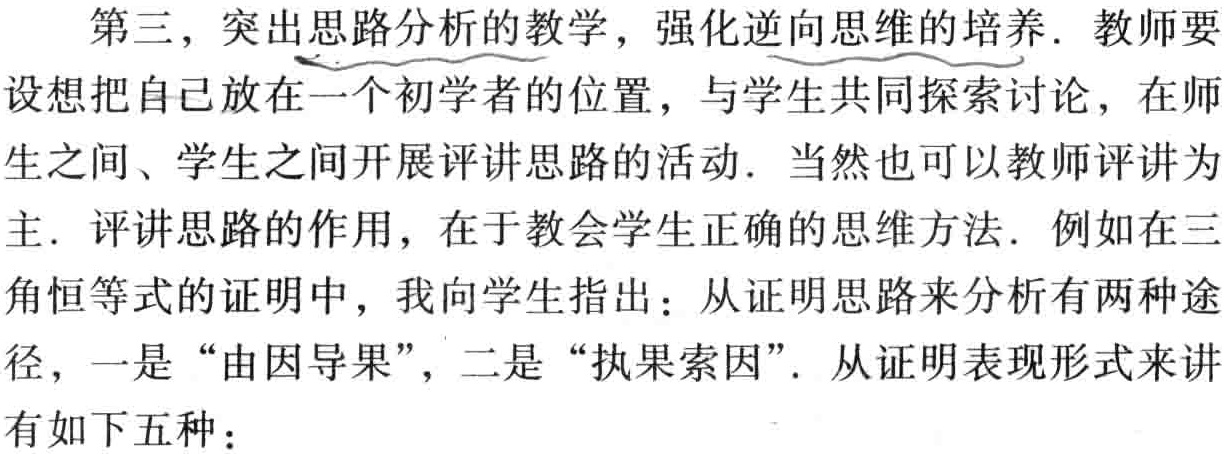
第三，突出思路分析的教学，强化逆向思维的培养. 教师要
设想把自己放在一个初学者的位置，与学生共同探索讨论，在师
生之间、学生之间开展评讲思路的活动. 当然也可以教师评讲为
主. 评讲思路的作用，在于教会学生正确的思维方法. 例如在三
角恒等式的证明中，我向学生指出：从证明思路来分析有两种途
径，一是“由因导果”，二是“执果索因”. 从证明表现形式来讲
有如下五种：